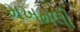
મખમલી